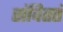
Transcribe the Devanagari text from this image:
संविततं